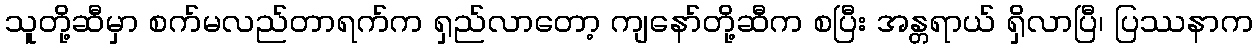
သူတို့ဆီမှာ စက်မလည်တာရက်က ရှည်လာတော့ ကျနော်တို့ဆီက စပြီး အန္တရာယ် ရှိလာပြီ၊ ပြဿနာက